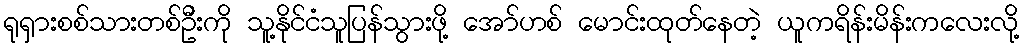
ရုရှားစစ်သားတစ်ဦးကို သူ့နိုင်ငံသူပြန်သွားဖို့ အော်ဟစ် မောင်းထုတ်နေတဲ့ ယူကရိန်းမိန်းကလေးလို့